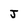
Character: J